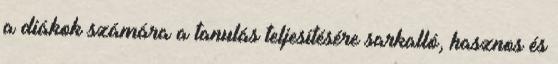
a diákok számára a tanulás teljesítésére sarkalló, hasznos és